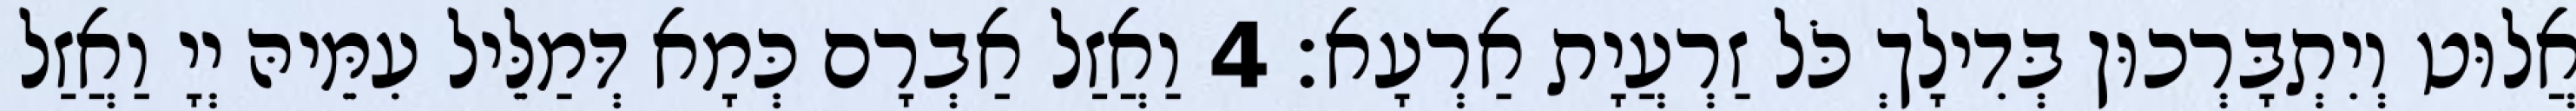
אֲלוּט וְיִתְבָּרְכוּן בְּדִילָךְ כֹּל זַרְעֲיָת אַרְעָא׃ 4 וַאֲזַל אַבְרָם כְּמָא דְּמַלֵּיל עִמֵּיהּ יְיָ וַאֲזַל